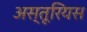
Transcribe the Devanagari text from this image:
अस्तूरियस